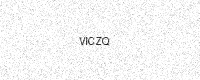
Text: VICZQ